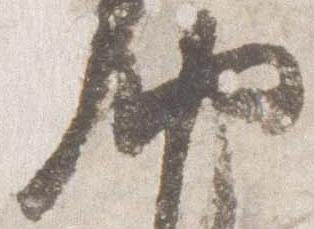
納